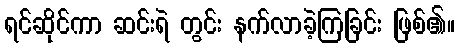
ရင်ဆိုင်ကာ ဆင်းရဲ တွင်း နက်လာခဲ့ကြခြင်း ဖြစ်၏။